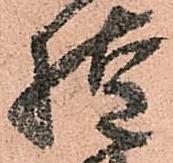
惶